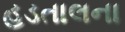
હડતાલના